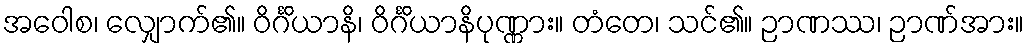
အဝေါစ၊ လျှောက်၏။ ဝိင်္ဂိယာနိ၊ ဝိင်္ဂိယာနိပုဏ္ဏား။ တံတေ၊ သင်၏။ ဉာဏဿ၊ ဉာဏ်အား။